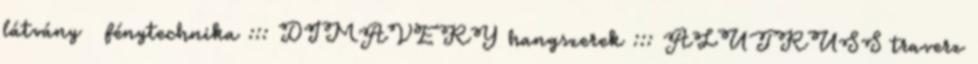
látvány  fénytechnika ::: DIMAVERY hangszerek ::: ALUTRUSS traverz